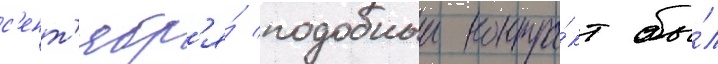
с'ент'ябр'я́ подобныи контра́кт бы́л